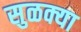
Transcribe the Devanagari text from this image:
सुळक्या